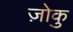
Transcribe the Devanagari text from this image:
ज़ोकु